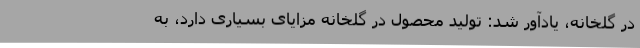
در گلخانه، یادآور شد: تولید محصول در گلخانه مزایای بسیاری دارد، به